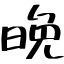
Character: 晩